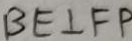
B E \bot F P